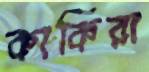
কাকিরা